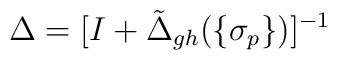
\Delta=[I+\tilde\Delta_{gh}(\{\sigma_p\})]^{-1}